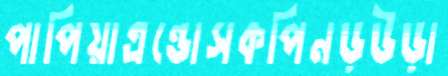
পাপিয়াএন্ডোসকপিনড়উড়া